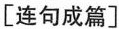
[连句成篇]